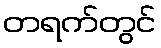
တရက်တွင်